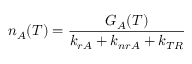
n _ { A } ( T ) = \frac { G _ { A } ( T ) } { k _ { r A } + k _ { n r A } + k _ { T R } }